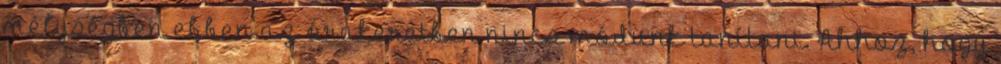
mélységben ebben az órakeretben nincs módunk tanítani. Ahhoz, hogy